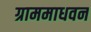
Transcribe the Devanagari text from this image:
ग्राममाधवन